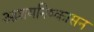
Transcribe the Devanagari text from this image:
आशयनिष्कासन